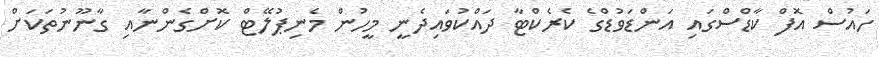
ހައުސް އޮފް ކާޑްސްގައި އަންޑަވުޑްގެ ކެރެކްޓާ ދައްކުވައިދެނީ މީހުން މެނިޕުލޭޓް ކޮށްގެންނާއި ގާނޫނުތަކަށް